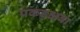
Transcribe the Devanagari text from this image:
पकड्क्षवा